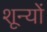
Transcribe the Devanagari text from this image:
शून्यों